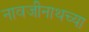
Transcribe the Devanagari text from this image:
नावजीनाथच्या